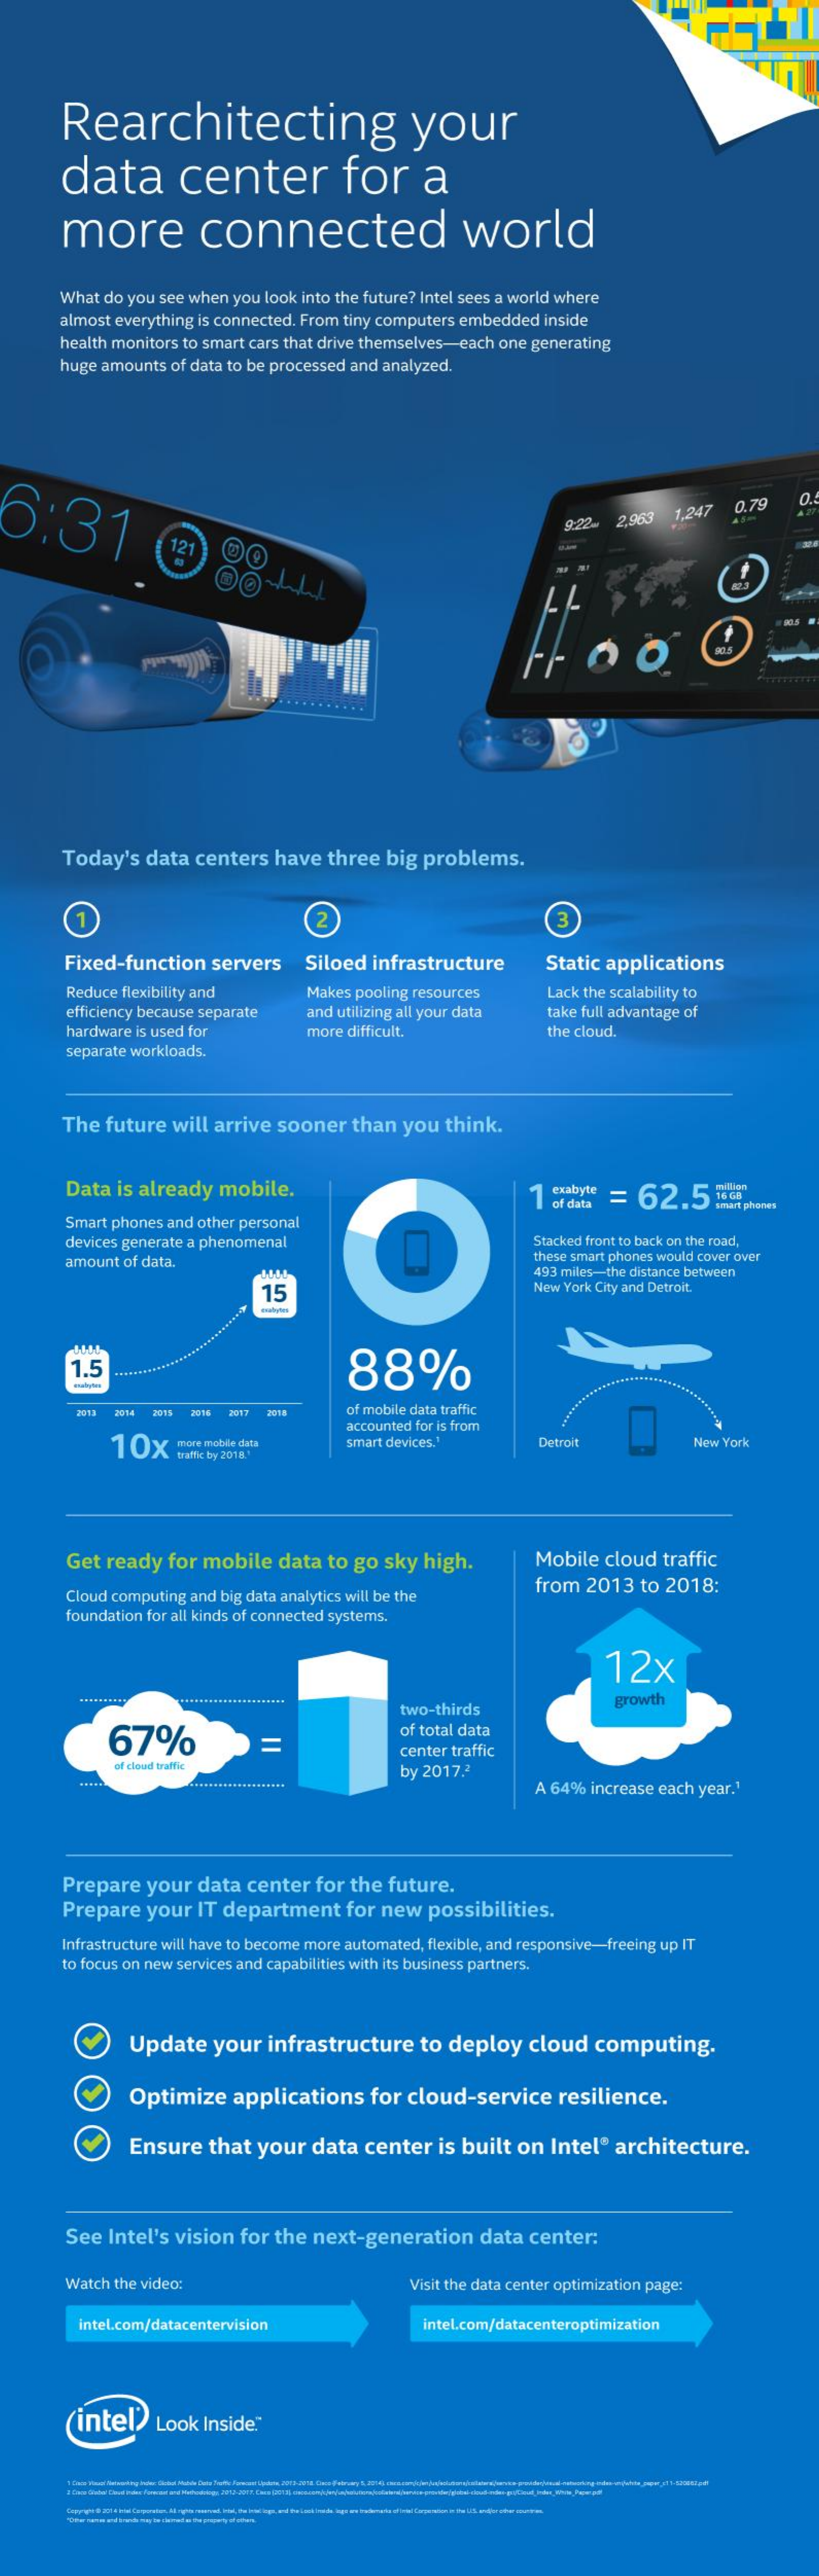
Rearchitecting    your
     data    center    for    a
     more    connected    world
     What  do you see when you look into the future? Intel sees a world where
     almost everything is connected. From tiny computers embedded inside
     health monitors to smart cars that drive themselves-each one generating
     huge amounts  of data to be processed and analyzed.
  6:31
     O.
     121
     9:22. 2,963  1,247  0.79
     O
     ...........
     Today's   data  centers  have   three  big  problems.
     2    3
     Fixed-function    servers    Siloed  infrastructure    Static applications
     Reduce flexibility and    Makes pooling resources    Lack the scalability to
     efficiency because separate   and utilizing all your data  take full advantage of
     hardware is used for    more difficult.    the cloud.
     separate workloads.
     The  future  will arrive  sooner   than  you  think.
     Data  is already  mobile.    1 stabyte = 62.5%
     smart phones
     Smart phones and other personal
     of data
     devices generate a phenomenal    Stacked front to back on the road,
     amount of data,    these smart phones would cover over
     493 miles-the distance between
     15    New York City and Detroit.
     88% 1.5
     2014    of mobile data traffic 3018 2017 2018
     10x    more mobile data
     accounted for is from
     smart devices."    Detroit    New York
     traffic by 2018.1
     Get  ready  for  mobile   data  to go  sky  high.    Mobile  cloud   traffic
     Cloud computing and big data analytics will be the
     from  2013   to 2018:
     foundation for all kinds of connected systems.
     12x
     .....................
     two-thirds
     growth
     67%    =
     of total data
     center traffic
     of cloud traffic    by 2017.2
     A 64%  increase each year.1
     Prepare   your  data  center  for  the future.
     Prepare   your  IT department    for new   possibilities.
     Infrastructure will have to become more automated, flexible, and responsive-freeing up IT
     to focus on new services and capabilities with its business partners.
     Update    your   infrastructure    to  deploy   cloud   computing.
     Optimize    applications    for cloud-service    resilience.
     Ensure   that  your   data  center   is built  on  Intel®  architecture.
     See  Intel's vision  for the  next-generation    data  center:
     Watch the video:    Visit the data center optimization page:
     intel.com/datacentervision    intel.com/datacenteroptimization
     (intel>    Look  Inside."